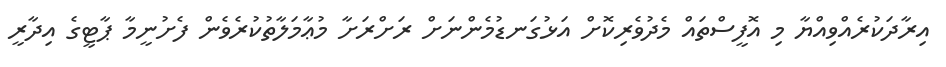
އިރާދަކުރެއްވިއްޔާ މި އޮފީސްތައް މެދުވެރިކޮށް އަޅުގަނޑުމެންނަށް ރަށްރަށާ މުޢާމަލާތުކުރެވެން ފެށުނީމާ ޕާޓީގެ އިދާރީ